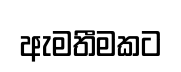
ඇමතීමකට